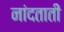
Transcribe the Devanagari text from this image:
नांदताती